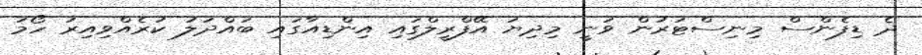
ދެ ޑިފެންސް މިނިސްޓަރުން ވަނީ މިިދިޔަ އޭފްރީލްގައި އިންޑިއާގައި ބައްދަލު ކުރެއްވިއިރު ހޯމަ